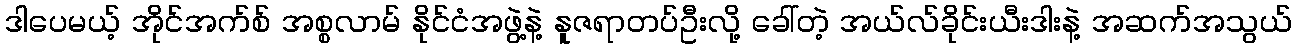
ဒါပေမယ့် အိုင်အက်စ် အစ္စလာမ် နိုင်ငံအဖွဲ့နဲ့ နူဇရာတပ်ဦးလို့ ခေါ်တဲ့ အယ်လ်ခိုင်းယီးဒါးနဲ့ အဆက်အသွယ်